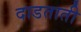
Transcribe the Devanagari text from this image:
दाडताती